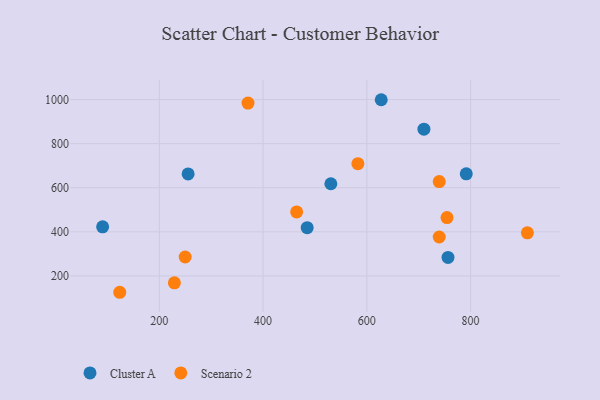
{"axis": {"x": "Ad Spend", "y": "Salary"}, "legend": ["Cluster A", "Scenario 2"], "data": [{"x": "756.4", "y": 283.8, "type": "Cluster A"}, {"x": "791.6", "y": 662.9, "type": "Cluster A"}, {"x": "485.0", "y": 419.0, "type": "Cluster A"}, {"x": "710.0", "y": 865.5, "type": "Cluster A"}, {"x": "530.6", "y": 618.1, "type": "Cluster A"}, {"x": "90.7", "y": 422.6, "type": "Cluster A"}, {"x": "255.5", "y": 662.5, "type": "Cluster A"}, {"x": "627.7", "y": 999.2, "type": "Cluster A"}, {"x": "739.5", "y": 628.0, "type": "Scenario 2"}, {"x": "123.7", "y": 125.9, "type": "Scenario 2"}, {"x": "739.5", "y": 376.7, "type": "Scenario 2"}, {"x": "909.4", "y": 395.4, "type": "Scenario 2"}, {"x": "582.7", "y": 709.0, "type": "Scenario 2"}, {"x": "754.5", "y": 464.6, "type": "Scenario 2"}, {"x": "464.7", "y": 490.1, "type": "Scenario 2"}, {"x": "370.9", "y": 983.8, "type": "Scenario 2"}, {"x": "229.0", "y": 168.7, "type": "Scenario 2"}, {"x": "249.8", "y": 285.9, "type": "Scenario 2"}]}